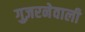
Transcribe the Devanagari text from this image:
गुज़रनेवाली